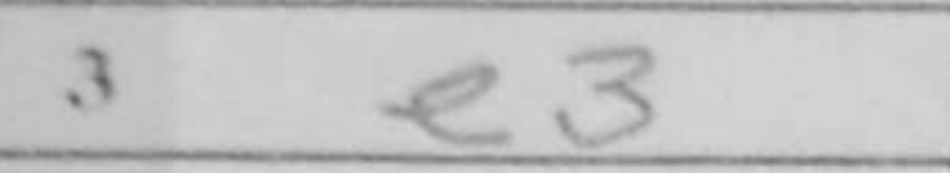
Transcription: e3